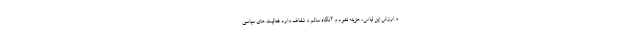
و ارزش این لباس، هزینه نشود و آنگاه سالم و شفاف وارد فعالیت های سیاسی